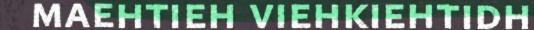
maehtieh viehkiehtidh